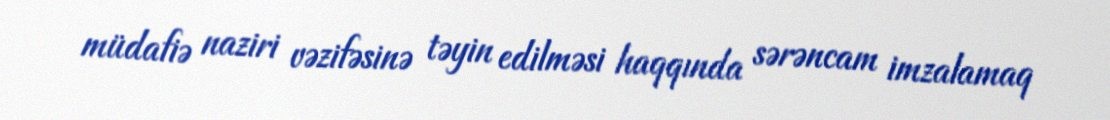
müdafiə naziri vəzifəsinə təyin edilməsi haqqında sərəncam imzalamaq